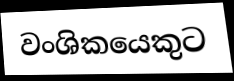
වංශිකයෙකුට